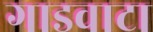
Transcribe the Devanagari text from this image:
गाडवाटा